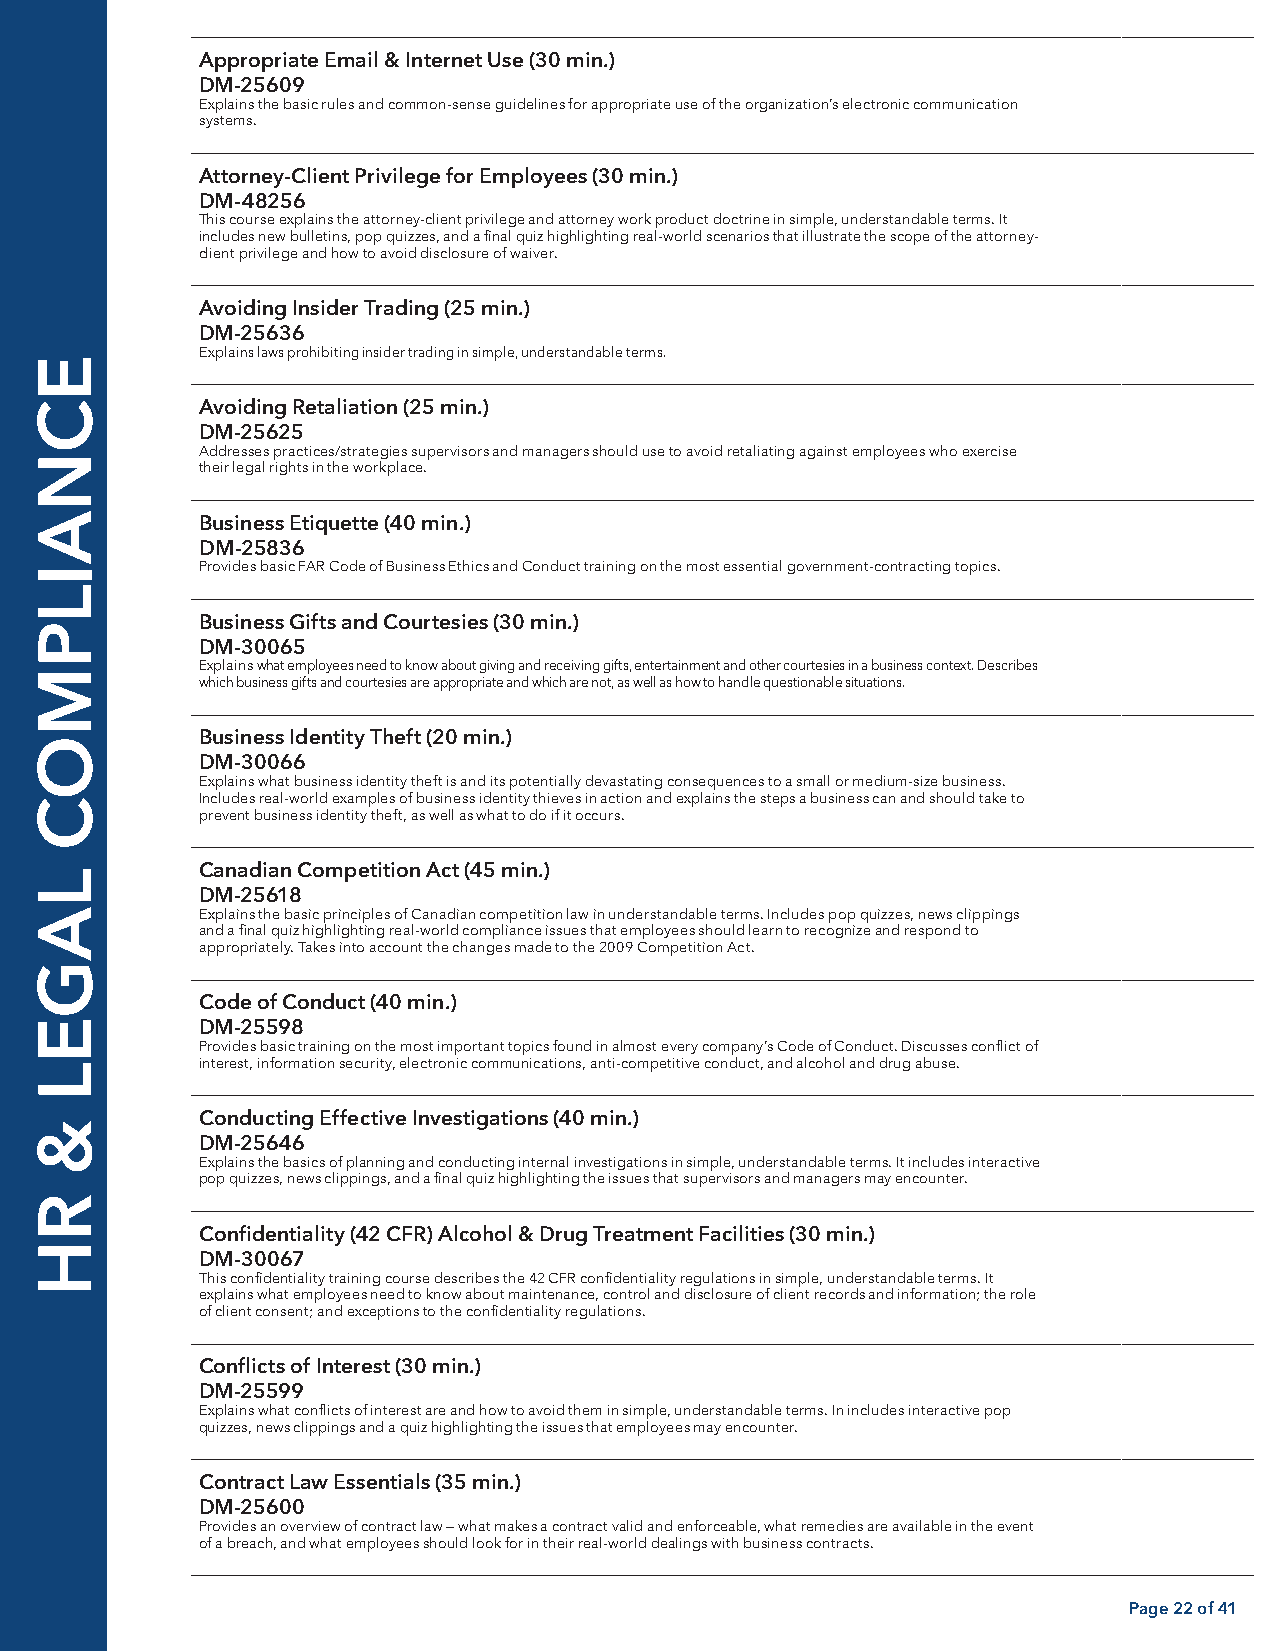
Appropriate Email & Internet Use (30 min.)
 DM-25609
 Explains the basic rules and common-sense guidelines for appropriate use of the organization’s electronic communication
 systems.
 Attorney-Client Privilege for Employees (30 min.)
 DM-48256
 This course explains the attorney-client privilege and attorney work product doctrine in simple, understandable terms. It
 includes new bulletins, pop quizzes, and a final quiz highlighting real-world scenarios that illustrate the scope of the attorney-
 client privilege and how to avoid disclosure of waiver.
 Avoiding Insider Trading (25 min.)
 DM-25636
 Explains laws prohibiting insider trading in simple, understandable terms.
 Avoiding Retaliation (25 min.)
 DM-25625
 Addresses practices/strategies supervisors and managers should use to avoid retaliating against employees who exercise
 their legal rights in the workplace.
 Business Etiquette (40 min.)
 DM-25836
 Provides basic FAR Code of Business Ethics and Conduct training on the most essential government-contracting topics.
 Business Gifts and Courtesies (30 min.)
 DM-30065
 Explains what employees need to know about giving and receiving gifts, entertainment and other courtesies in a business context. Describes
 which business gifts and courtesies are appropriate and which are not, as well as how to handle questionable situations.
 Business Identity Theft (20 min.)
 DM-30066
 Explains what business identity theft is and its potentially devastating consequences to a small or medium-size business.
 Includes real-world examples of business identity thieves in action and explains the steps a business can and should take to
 prevent business identity theft, as well as what to do if it occurs.
 Canadian Competition Act (45 min.)
 DM-25618
 Explains the basic principles of Canadian competition law in understandable terms. Includes pop quizzes, news clippings
 and a final quiz highlighting real-world compliance issues that employees should learn to recognize and respond to
 appropriately. Takes into account the changes made to the 2009 Competition Act.
 Code of Conduct (40 min.)
 DM-25598
 Provides basic training on the most important topics found in almost every company’s Code of Conduct. Discusses conflict of
 interest, information security, electronic communications, anti-competitive conduct, and alcohol and drug abuse.
 Conducting Effective Investigations (40 min.)
 DM-25646
 Explains the basics of planning and conducting internal investigations in simple, understandable terms. It includes interactive
 pop quizzes, news clippings, and a final quiz highlighting the issues that supervisors and managers may encounter.
 Confidentiality (42 CFR) Alcohol & Drug Treatment Facilities (30 min.)
 DM-30067
 This confidentiality training course describes the 42 CFR confidentiality regulations in simple, understandable terms. It
 explains what employees need to know about maintenance, control and disclosure of client records and information; the role
 of client consent; and exceptions to the confidentiality regulations.
 Conflicts of Interest (30 min.)
 DM-25599
 Explains what conflicts of interest are and how to avoid them in simple, understandable terms. In includes interactive pop
 quizzes, news clippings and a quiz highlighting the issues that employees may encounter.
 Contract Law Essentials (35 min.)
 DM-25600
 Provides an overview of contract law — what makes a contract valid and enforceable, what remedies are available in the event
 of a breach, and what employees should look for in their real-world dealings with business contracts.
 Page 22 of 41
 ECNAILPMOC
 LAGEL
 &
 RH